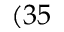
( 3 5